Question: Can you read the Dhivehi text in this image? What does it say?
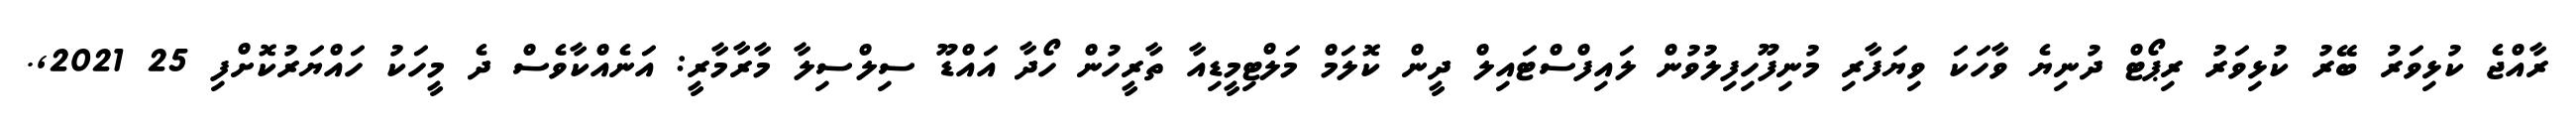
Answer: ރާއްޖެ ކުޅިވަރު ބޭރު ކުޅިވަރު ރިޕޯޓް ދުނިޔެ ވާހަކަ ވިޔަފާރި މުނިފޫހިފިލުވުން ލައިފްސްޓައިލް ދީން ކޮލަމް މަލްޓިމީޑިއާ ތާރީހުން ހޯދާ އައްޑޫ ސިލްސިލާ މާރާމާރީ: އަނެއްކާވެސް ދެ މީހަކު ހައްޔަރުކޮށްފި 25 2021,.